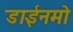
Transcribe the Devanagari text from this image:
डाईनमो